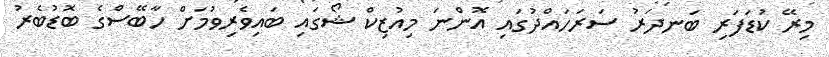
މިރޭ ކުޑަފަރި ބަނދަރު ސަރަހައްދުގައި އޮންނަ މިއުޒިކް ޝޯގައި ބައިވެރިވުމަށް ހާބޭސްގެ ބޮޑުބެރު